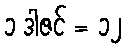
၁ ဒါဇင် = ၁၂